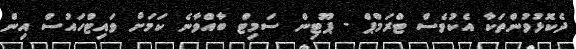
ދެކޮޅުވުންތަކާ އެކުވެސް ޓްރަމްޕް - ޕޫޓިން ސަމިޓް ބާއްވާނެ ކަމަށް ވައިޓްހައުސް އިން